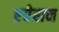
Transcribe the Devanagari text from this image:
एचेरान